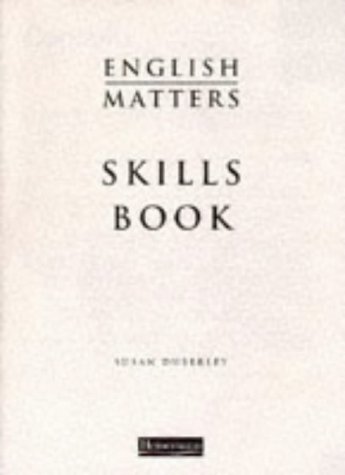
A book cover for English Matters: Workbook; Susan Duberley; Teen & Young Adult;